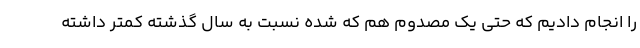
را انجام دادیم که حتی یک مصدوم هم که شده نسبت به سال گذشته کمتر داشته